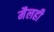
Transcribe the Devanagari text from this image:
मैलही